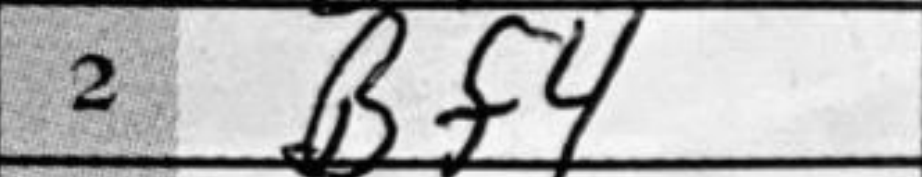
Transcription: Bf4